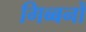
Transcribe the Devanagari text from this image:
गिब्बनों